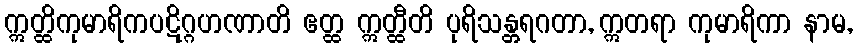
ဣတ္ထိကုမာရိကပဋိဂ္ဂဟဏာတိ ဧတ္ထ ဣတ္ထီတိ ပုရိသန္တရဂတာ, ဣတရာ ကုမာရိကာ နာမ,